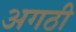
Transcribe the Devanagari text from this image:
अगठी